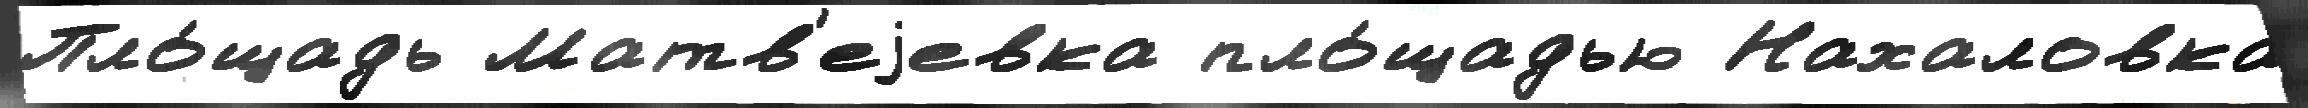
Пло́щадь Матв'еjевка пло́щадью Нахаловка